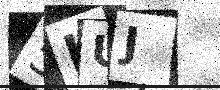
Text: 5IUJ